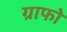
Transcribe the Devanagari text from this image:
ग्राफो